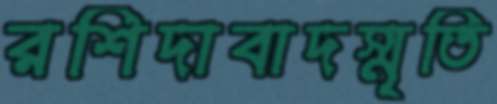
রশিদাবাদস্মৃতি